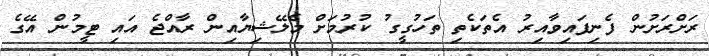
ރަށްރަށުން ފެނިފައިވާއިރު އެތަކެތި ތަހުގީގު ކުރުމަށް މެލޭޝިޔާއިން ރާއްޖެ އައި ޓީމުން އޭގެ